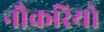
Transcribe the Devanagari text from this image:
नौकरियो